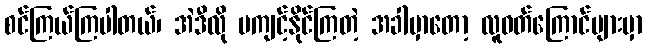
စင်ကြယ်ကြပါတယ်၊ အဲဒီလို မကျင့်နိုင်ကြတဲ့ အခါမှာတော့ လူဝတ်ကြောင်များမှာ